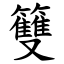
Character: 䉶